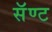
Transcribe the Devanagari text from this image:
सॅण्ट